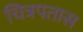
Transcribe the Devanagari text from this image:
चित्रपतास